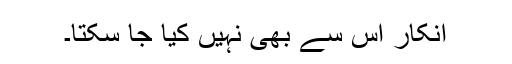
انکار اس سے بھی نہیں کیا جا سکتا۔